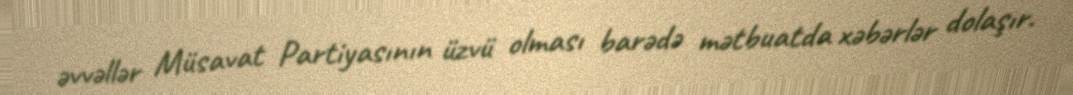
əvvəllər Müsavat Partiyasının üzvü olması barədə mətbuatda xəbərlər dolaşır.